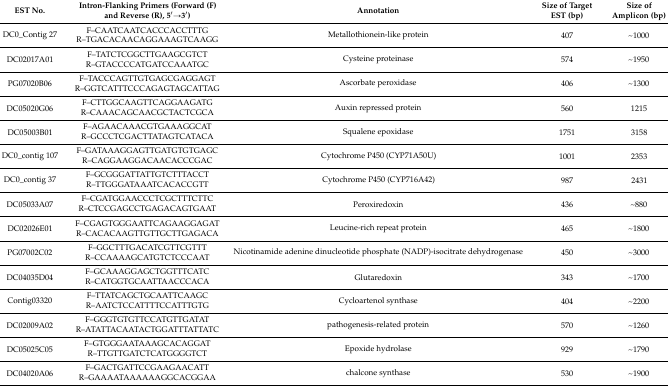
<table><thead><tr><td><b>EST No.</b></td><td><b>Intron-Flanking Primers (Forward (F) and Reverse (R), 5′→3′)</b></td><td><b>Annotation</b></td><td><b>Size of Target EST (bp)</b></td><td><b>Size of Amplicon (bp)</b></td></tr></thead><tbody><tr><td rowspan="2">DC0_Contig 27</td><td>F–CAATCAATCACCCACCTTTG</td><td rowspan="2">Metallothionein-like protein</td><td rowspan="2">407</td><td rowspan="2">~1000</td></tr><tr><td>R–TGACACAACAGGAAAGTCAAGG</td></tr><tr><td rowspan="2">DC02017A01</td><td>F–TATCTCGGCTTGAAGCGTCT</td><td rowspan="2">Cysteine proteinase</td><td rowspan="2">574</td><td rowspan="2">~1950</td></tr><tr><td>R–GTACCCCATGATCCAAATGC</td></tr><tr><td rowspan="2">PG07020B06</td><td>F–TACCCAGTTGTGAGCGAGGAGT</td><td rowspan="2">Ascorbate peroxidase</td><td rowspan="2">406</td><td rowspan="2">~1300</td></tr><tr><td>R–GGTCATTTCCCAGAGTAGCATTAG</td></tr><tr><td rowspan="2">DC05020G06</td><td>F–CTTGGCAAGTTCAGGAAGATG</td><td rowspan="2">Auxin repressed protein</td><td rowspan="2">560</td><td rowspan="2">1215</td></tr><tr><td>R–CAAACAGCAACGCTACTCGCA</td></tr><tr><td rowspan="2">DC05003B01</td><td>F–AGAACAAACGTGAAAGGCAT</td><td rowspan="2">Squalene epoxidase</td><td rowspan="2">1751</td><td rowspan="2">3158</td></tr><tr><td>R–GCCCTCGACTTATAGTCATACA</td></tr><tr><td rowspan="2">DC0_contig 107</td><td>F–GATAAAGGAGTTGATGTGTGAGC</td><td rowspan="2">Cytochrome P450 (CYP71A50U)</td><td rowspan="2">1001</td><td rowspan="2">2353</td></tr><tr><td>R–CAGGAAGGACAACACCCGAC</td></tr><tr><td rowspan="2">DC0_contig 37</td><td>F–GCGGGATTATTGTCTTTACCT</td><td rowspan="2">Cytochrome P450 (CYP716A42)</td><td rowspan="2">987</td><td rowspan="2">2431</td></tr><tr><td>R–TTGGGATAAATCACACCGTT</td></tr><tr><td rowspan="2">DC05033A07</td><td>F–CGATGGAACCCTCGCTTTCTTC</td><td rowspan="2">Peroxiredoxin</td><td rowspan="2">436</td><td rowspan="2">~880</td></tr><tr><td>R–CTCCGAGCCTGAGACAGTGAAT</td></tr><tr><td rowspan="2">DC02026E01</td><td>F–CGAGTGGGAATTCAGAAGGAGAT</td><td rowspan="2">Leucine-rich repeat protein</td><td rowspan="2">465</td><td rowspan="2">~1800</td></tr><tr><td>R–CACACAAGTTGTTGCTTGAGACA</td></tr><tr><td rowspan="2">PG07002C02</td><td>F–GGCTTTGACATCGTTCGTTT</td><td rowspan="2">Nicotinamide adenine dinucleotide phosphate (NADP)-isocitrate dehydrogenase</td><td rowspan="2">450</td><td rowspan="2">~3000</td></tr><tr><td>R–CCAAAAGCATGTCTCCCAAT</td></tr><tr><td rowspan="2">DC04035D04</td><td>F–GCAAAGGAGCTGGTTTCATC</td><td rowspan="2">Glutaredoxin</td><td rowspan="2">343</td><td rowspan="2">~1700</td></tr><tr><td>R–CATGGTGCAATTAACCCACA</td></tr><tr><td rowspan="2">Contig03320</td><td>F–TTATCAGCTGCAATTCAAGC</td><td rowspan="2">Cycloartenol synthase</td><td rowspan="2">404</td><td rowspan="2">~2200</td></tr><tr><td>R–AATCTCCATTTTCCATTTGTG</td></tr><tr><td rowspan="2">DC02009A02</td><td>F–GGGTGTGTTCCATGTTGATAT</td><td rowspan="2">pathogenesis-related protein</td><td rowspan="2">570</td><td rowspan="2">~1260</td></tr><tr><td>R–ATATTACAATACTGGATTTATTATC</td></tr><tr><td rowspan="2">DC05025C05</td><td>F–GTGGGAATAAAGCACAGGAT</td><td rowspan="2">Epoxide hydrolase</td><td rowspan="2">929</td><td rowspan="2">~1790</td></tr><tr><td>R–TTGTTGATCTCATGGGGTCT</td></tr><tr><td rowspan="2">DC04020A06</td><td>F–GACTGATTCCGAAGAACATT</td><td rowspan="2">chalcone synthase</td><td rowspan="2">530</td><td rowspan="2">~1900</td></tr><tr><td>R–GAAAATAAAAAAGGCACGGAA</td></tr></tbody></table>